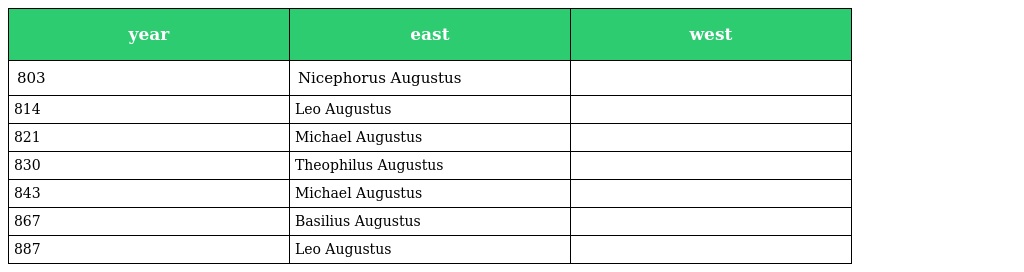
| year | east | west |
 | --- | --- | --- |
 | 803 | Nicephorus Augustus |  |
 | 814 | Leo Augustus |  |
 | 821 | Michael Augustus |  |
 | 830 | Theophilus Augustus |  |
 | 843 | Michael Augustus |  |
 | 867 | Basilius Augustus |  |
 | 887 | Leo Augustus |  |